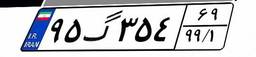
۳۹گ۲۶۴۹۹